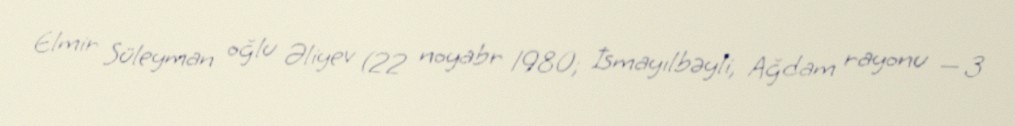
Elmir Süleyman oğlu Əliyev (22 noyabr 1980; İsmayılbəyli, Ağdam rayonu — 3